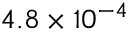
4 . 8 \times 1 0 ^ { - 4 }